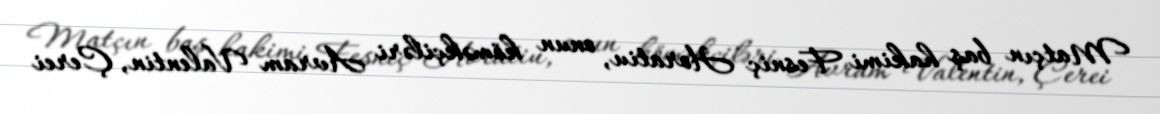
Matçın baş hakimi Fesniç Horatiu, onun köməkçiləri Avram Valentin, Çerei